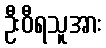
ဦးဝီရသူအား